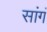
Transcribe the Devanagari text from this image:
सांगं